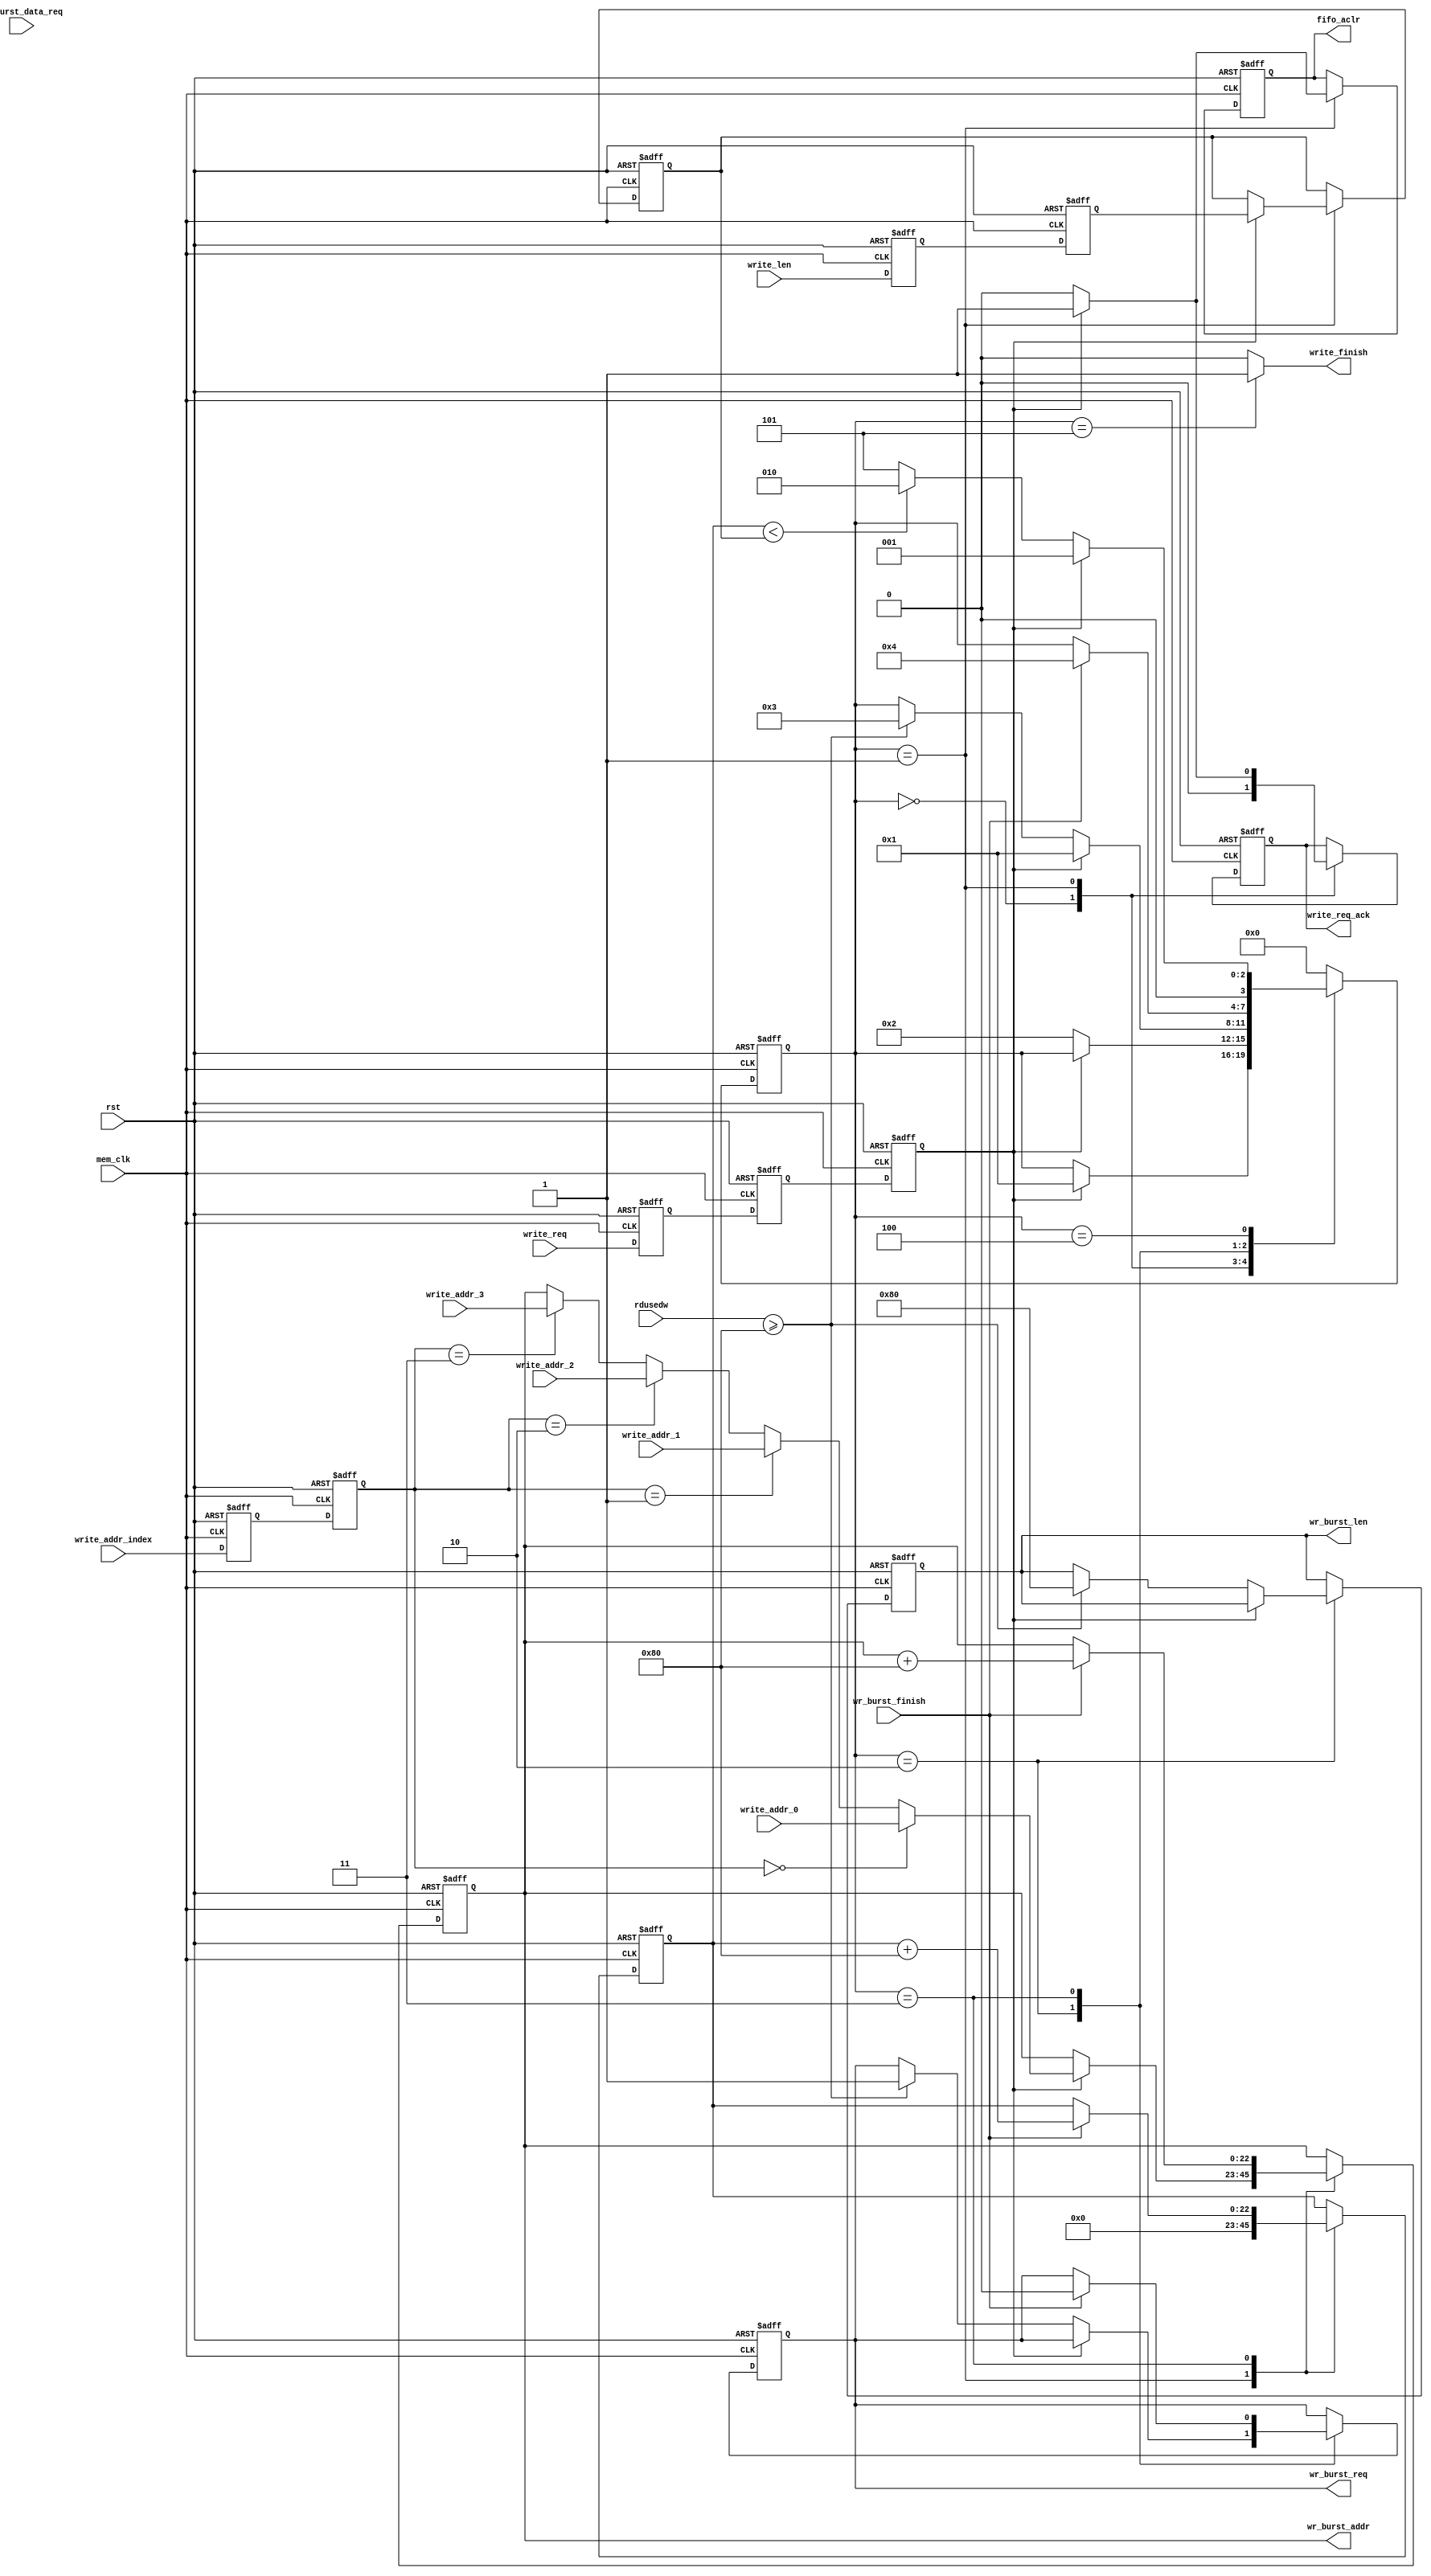


`timescale 1ns/1ps
module frame_fifo_write
#
(
	parameter MEM_DATA_BITS          = 32,
	parameter ADDR_BITS              = 23,
	parameter BUSRT_BITS             = 10,
	parameter BURST_SIZE             = 128
)               
(
	input                            rst,                  
	input                            mem_clk,                    // external memory controller user interface clock
	output reg                       wr_burst_req,               // to external memory controller,send out a burst write request  
	output reg[BUSRT_BITS - 1:0]     wr_burst_len,               // to external memory controller,data length of the burst write request, not bytes 
	output reg[ADDR_BITS - 1:0]      wr_burst_addr,              // to external memory controller,base address of the burst write request 
	input                            wr_burst_data_req,          // from external memory controller,write data request ,before data 1 clock 
	input                            wr_burst_finish,            // from external memory controller,burst write finish
	input                            write_req,                  // data write module write request,keep '1' until read_req_ack = '1'
	output reg                       write_req_ack,              // data write module write request response
	output                           write_finish,               // data write module write request finish
	input[ADDR_BITS - 1:0]           write_addr_0,               // data write module write request base address 0, used when write_addr_index = 0
	input[ADDR_BITS - 1:0]           write_addr_1,               // data write module write request base address 1, used when write_addr_index = 1
	input[ADDR_BITS - 1:0]           write_addr_2,               // data write module write request base address 1, used when write_addr_index = 2
	input[ADDR_BITS - 1:0]           write_addr_3,               // data write module write request base address 1, used when write_addr_index = 3
	input[1:0]                       write_addr_index,           // select valid base address from write_addr_0 write_addr_1 write_addr_2 write_addr_3
	input[ADDR_BITS - 1:0]           write_len,                  // data write module write request data length
	output reg                       fifo_aclr,                  // to fifo asynchronous clear
	input[15:0]                      rdusedw                     // from fifo read used words
);
localparam ONE                       = 256'd1;                   //256 bit '1'   you can use ONE[n-1:0] for n bit '1'
localparam ZERO                      = 256'd0;                   //256 bit '0'
//write state machine code
localparam S_IDLE                    = 0;                        //idle state,waiting for write
localparam S_ACK                     = 1;                        //written request response
localparam S_CHECK_FIFO              = 2;                        //check the FIFO status, ensure that there is enough space to burst write
localparam S_WRITE_BURST             = 3;                        //begin a burst write
localparam S_WRITE_BURST_END         = 4;                        //a burst write complete
localparam S_END                     = 5;                        //a frame of data is written to complete

reg                                 write_req_d0;                //asynchronous write request, synchronize to 'mem_clk' clock domain,first beat
reg                                 write_req_d1;                //the second
reg                                 write_req_d2;                //third,Why do you need 3 ? Here's the design habit
reg[ADDR_BITS - 1:0]                write_len_d0;                //asynchronous write_len(write data length), synchronize to 'mem_clk' clock domain first
reg[ADDR_BITS - 1:0]                write_len_d1;                //second
reg[ADDR_BITS - 1:0]                write_len_latch;             //lock write data length
reg[ADDR_BITS - 1:0]                write_cnt;                   //write data counter
reg[1:0]                            write_addr_index_d0;
reg[1:0]                            write_addr_index_d1;
reg[3:0]                            state;                       //state machine

assign write_finish = (state == S_END) ? 1'b1 : 1'b0;            //write finish at state 'S_END'
always@(posedge mem_clk or posedge rst)
begin
	if(rst == 1'b1)
	begin
		write_req_d0    <=  1'b0;
		write_req_d1    <=  1'b0;
		write_req_d2    <=  1'b0;
		write_len_d0    <=  ZERO[ADDR_BITS - 1:0];              //equivalent to write_len_d0 <= 0;
		write_len_d1    <=  ZERO[ADDR_BITS - 1:0];              //equivalent to write_len_d1 <= 0;
		write_addr_index_d0    <=  2'b00;
		write_addr_index_d1    <=  2'b00;
	end
	else
	begin
		write_req_d0    <=  write_req;
		write_req_d1    <=  write_req_d0;
		write_req_d2    <=  write_req_d1;
		write_len_d0    <=  write_len;
		write_len_d1    <=  write_len_d0;
		write_addr_index_d0 <= write_addr_index;
		write_addr_index_d1 <= write_addr_index_d0;
	end 
end


always@(posedge mem_clk or posedge rst)
begin
	if(rst == 1'b1)
	begin
		state <= S_IDLE;
		write_len_latch <= ZERO[ADDR_BITS - 1:0];
		wr_burst_addr <= ZERO[ADDR_BITS - 1:0];
		wr_burst_req <= 1'b0;
		write_cnt <= ZERO[ADDR_BITS - 1:0];
		fifo_aclr <= 1'b0;
		write_req_ack <= 1'b0;
		wr_burst_len <= ZERO[BUSRT_BITS - 1:0];
	end
	else
		case(state)
			//idle state,waiting for write write_req_d2 == '1' goto the 'S_ACK'
			S_IDLE:
			begin
				if(write_req_d2 == 1'b1)
				begin
					state <= S_ACK;
				end
				write_req_ack <= 1'b0;
			end
			//'S_ACK' state completes the write request response, the FIFO reset, the address latch, and the data length latch
			S_ACK:
			begin
				//after write request revocation(write_req_d2 == '0'),goto 'S_CHECK_FIFO',write_req_ack goto '0'
				if(write_req_d2 == 1'b0)
				begin
					state <= S_CHECK_FIFO;
					fifo_aclr <= 1'b0;
					write_req_ack <= 1'b0;
				end
				else
				begin
					//write request response
					write_req_ack <= 1'b1;
					//FIFO reset
					fifo_aclr <= 1'b1;
					//select valid base address from write_addr_0 write_addr_1 write_addr_2 write_addr_3
					if(write_addr_index_d1 == 2'd0)
						wr_burst_addr <= write_addr_0;
					else if(write_addr_index_d1 == 2'd1)
						wr_burst_addr <= write_addr_1;
					else if(write_addr_index_d1 == 2'd2)
						wr_burst_addr <= write_addr_2;
					else if(write_addr_index_d1 == 2'd3)
						wr_burst_addr <= write_addr_3;
					//latch data length
					write_len_latch <= write_len_d1;                    
				end
				//write data counter reset, write_cnt <= 0;
				write_cnt <= ZERO[ADDR_BITS - 1:0];
			end
			S_CHECK_FIFO:
			begin
				//if there is a write request at this time, enter the 'S_ACK' state
				if(write_req_d2 == 1'b1)
				begin
					state <= S_ACK;
				end
				//if the FIFO space is a burst write request, goto burst write state
				else if(rdusedw >= BURST_SIZE)
				begin
					state <= S_WRITE_BURST;
					wr_burst_len <= BURST_SIZE[BUSRT_BITS - 1:0];
					wr_burst_req <= 1'b1;
				end
			end
			
			S_WRITE_BURST:
			begin
				//burst finish
				if(wr_burst_finish == 1'b1)
				begin
					wr_burst_req <= 1'b0;
					state <= S_WRITE_BURST_END;
					//write counter + burst length
					write_cnt <= write_cnt + BURST_SIZE[ADDR_BITS - 1:0];
					//the next burst write address is generated
					wr_burst_addr <= wr_burst_addr + BURST_SIZE[ADDR_BITS - 1:0];
				end     
			end
			S_WRITE_BURST_END:
			begin
				//if there is a write request at this time, enter the 'S_ACK' state
				if(write_req_d2 == 1'b1)
				begin
					state <= S_ACK;
				end
				//if the write counter value is less than the frame length, continue writing,
				//otherwise the writing is complete
				else if(write_cnt < write_len_latch)
				begin
					state <= S_CHECK_FIFO;
				end
				else
				begin
					state <= S_END;
				end
			end
			S_END:
			begin
				state <= S_IDLE;
			end
			default:
				state <= S_IDLE;
		endcase
end
endmodule